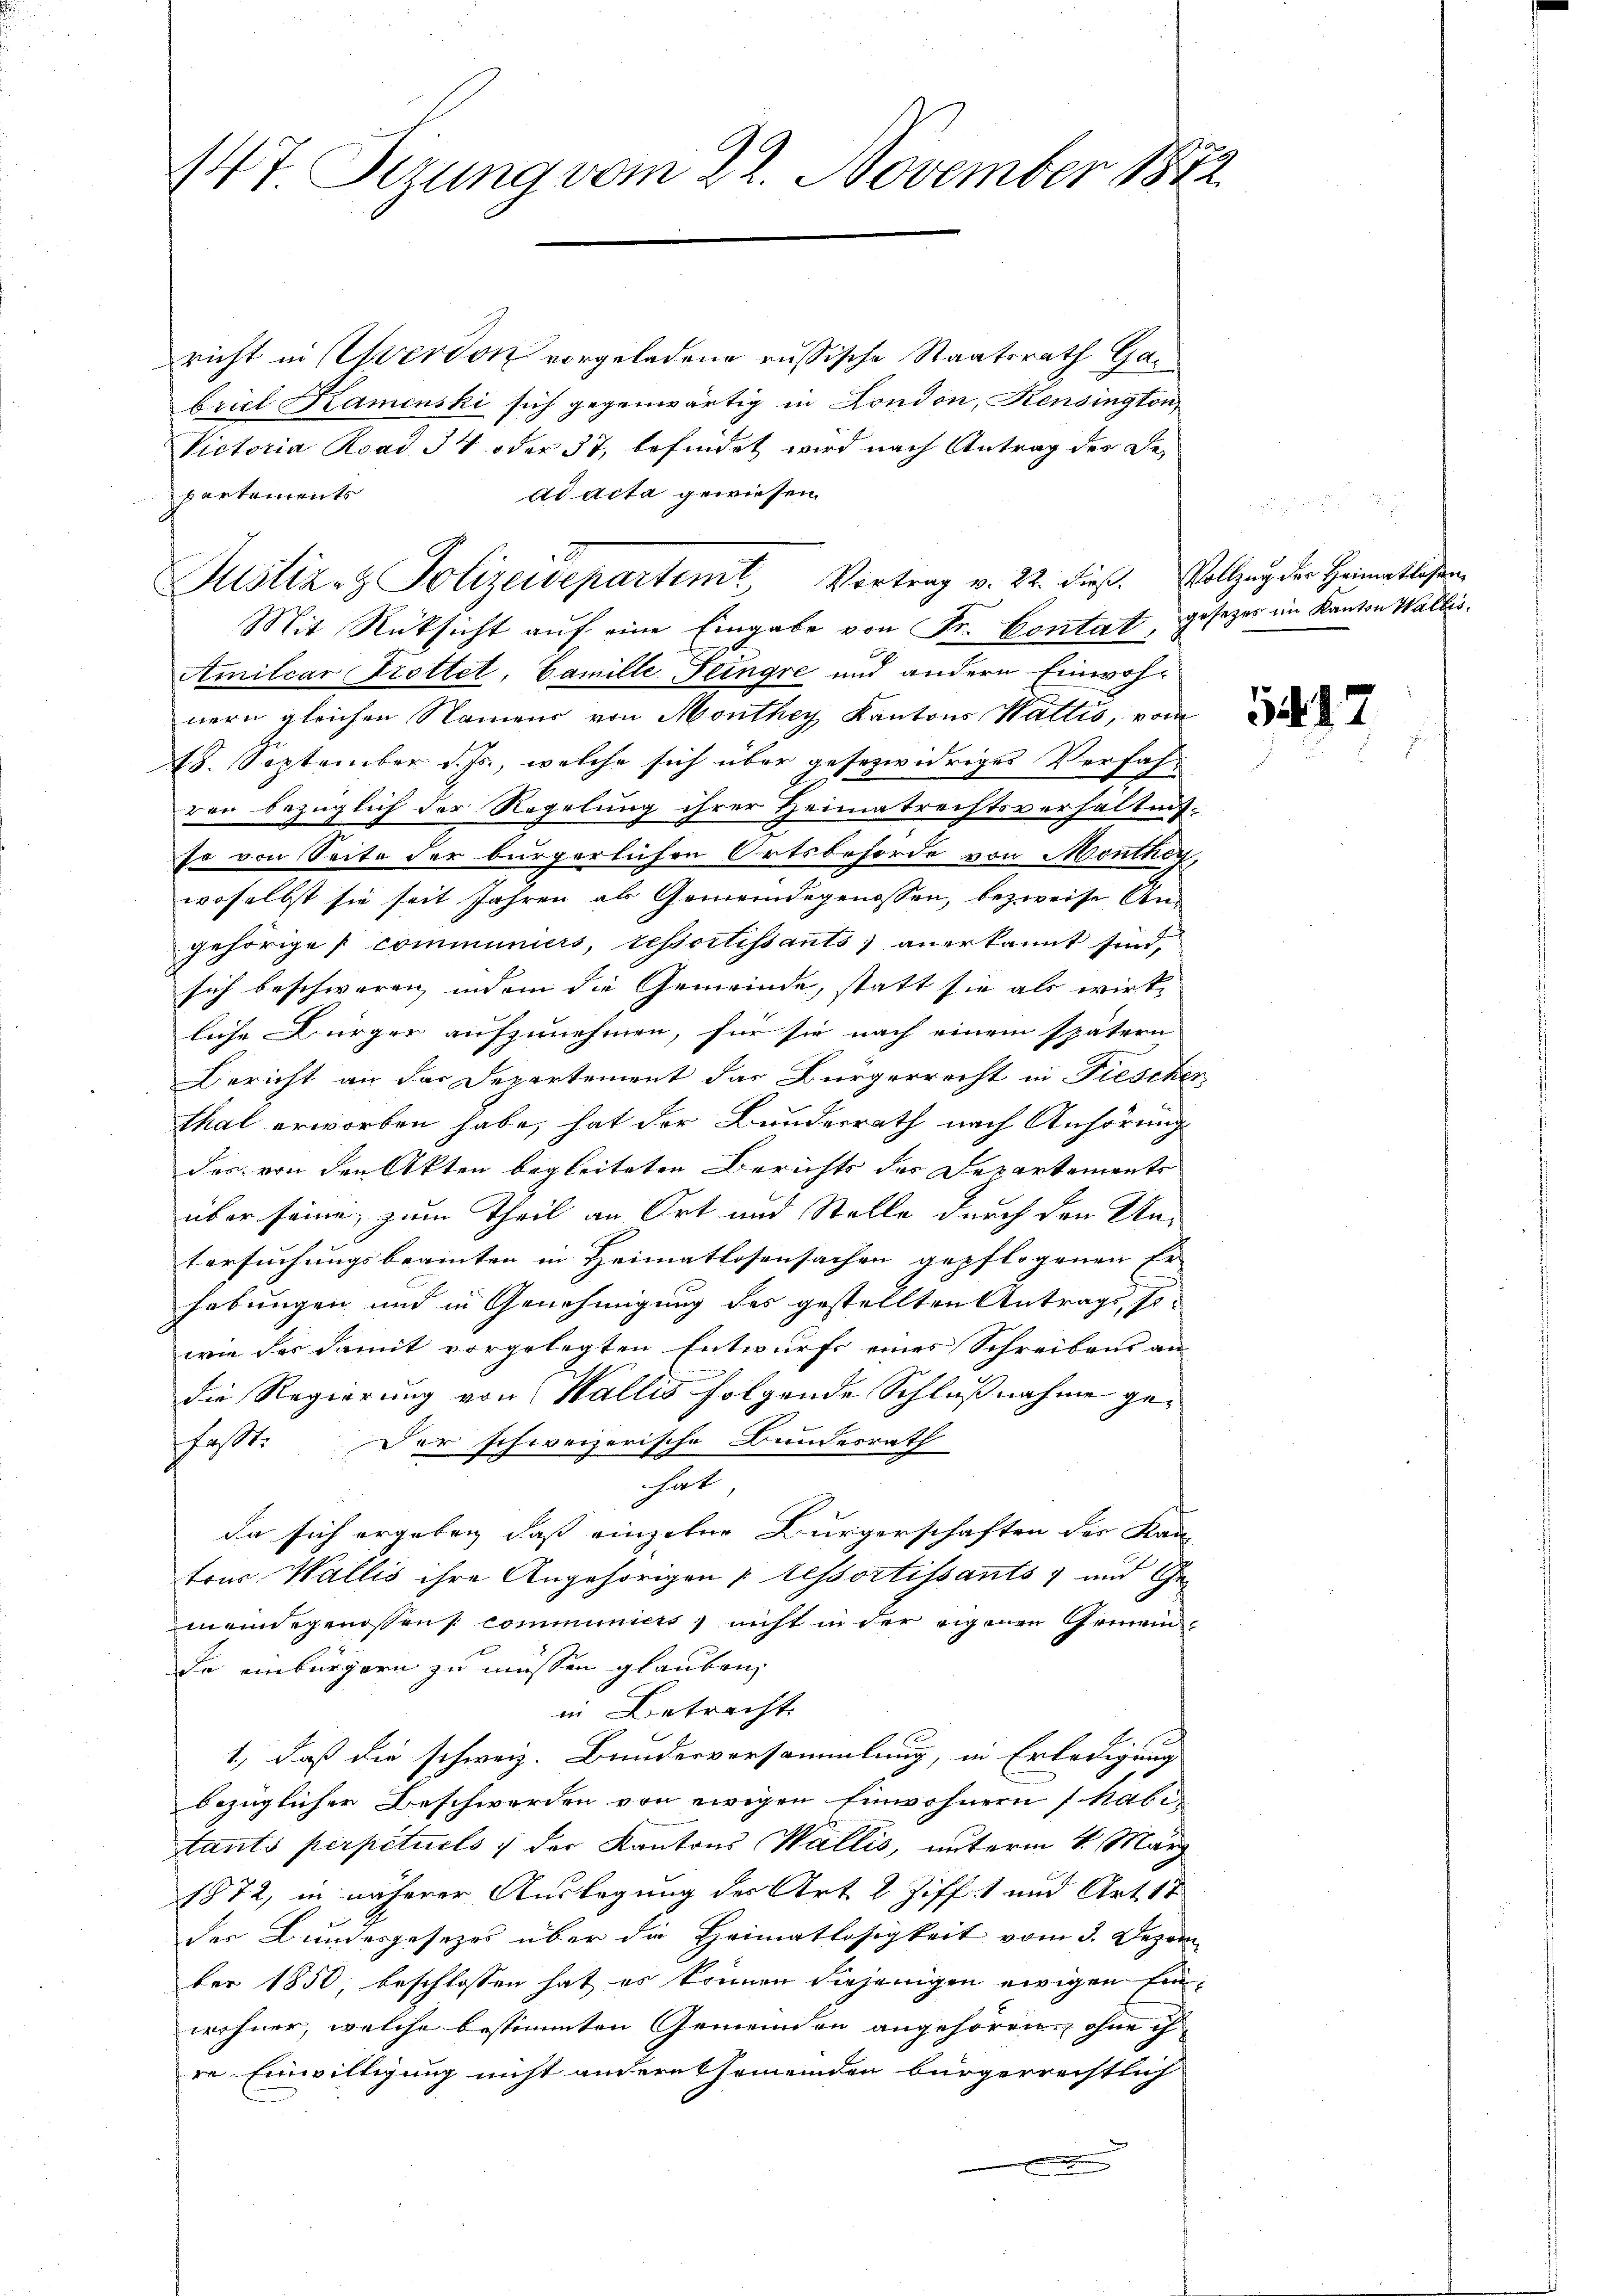
richt in Werdon vorgeladene russische Staatsrath Gabriel Kamenski sich gegenwärtig in London, Kensington,
Victoria Road 34 oder 37, befindet wird nach Antrag des Dead acta gewiesen.
partements
Mit Rücksicht auf eine Eingabe von Fr. Contat,
Amitcar Trottet, Famille Feingre und andern Einwohnern gleichen Namens von Monthey Kantons Wallis, vom
18. September d. Js., welche sich über gesezwidriges Verfah-
ren bezüglich der Regelung ihrer Heimatrechtsverhältnisse von Seite der bürgerlichen Ortsbehörde von Monthey
woselbst sie seit Jahren als Gemeindegenossen, bezweife An-
gehörige communiers, ressortissants anerkannt sind,
sich beschwaren, indem die Gemeinde, statt sie als wirk-
liche Bürger aufzunehmen, für sie nach einem spätern
Bericht an das Departement das Bürgerrecht in Fiesche
shal erworben habe, hat der Bundesrath nach Anhörung
das von den Akten begleiteten Berichts des Departements
über seine, zum Theil an Ort und Stelle durch den Un-
tersuchungsbeamten in Heimatlosensachen gepflogenen Er-
hebungen und in Genehmigung des gestellten Antrags, so-
wie des damit vorgelegten Entwurfs eines Schreibens an
die Regierung von Wallis folgende Schlußnahme gefasst. Der schweizerische Bundesrath
hat,
da sich ergeben, daß einzelne Bürgerschaften der Kan-
ton Wallis ihre Angehörigen tessortissants und Gemeindegenossen communiers, nicht in der eigenen Gemeinde einbürgern zu müssen glauben,
in Betracht
1., daß die schweiz. Bundesversammlung, in Erledigung
bezüglicher Beschwerden von ewigen Einwohnern (kabi-
tants perpétuels der Kantons Wallis, unterm 4. März
1872, in näherer Auslegung der Art 2 Ziff. 1 und Art. 17
der Bundesgesetzes über die Heimatlosigkeit vom 3. Dezem
ber 1850, beschlossen hat es können diejenigen ewigen Ein
wohner, welche bestimmten Gemeinden angehören, ohne ih
re Einwilligung nicht andere Gemeinden bürgerrechtlich

147 Sizung vom 22. November 1882

Justiz- & Polizeidepartemt Vortrag v. 22. dieß. Vollzug der Heimatlagen

gesetzes im Kanton Wallis.

17